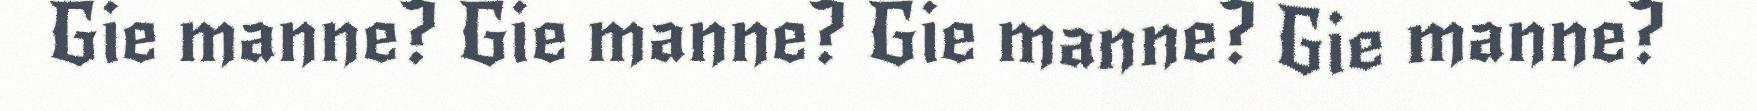
Gie manne? Gie manne? Gie manne? Gie manne?